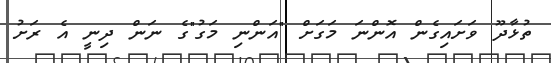
ތުޅާދޫ ވަށައިގެން އޮންނަ މަގަށް "އަންނި މަގު"ގެ ނަން ދިނީ އެ ރަށު